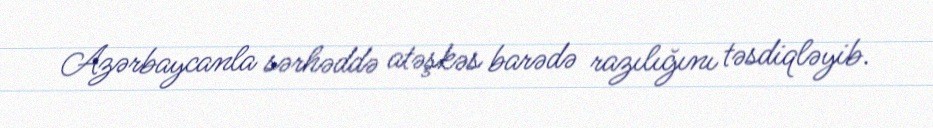
Azərbaycanla sərhəddə atəşkəs barədə razılığını təsdiqləyib.